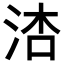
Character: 𪵾